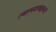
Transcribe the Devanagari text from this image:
त्याच्याबद्दलचे